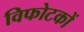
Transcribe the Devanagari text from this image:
विफोटकों